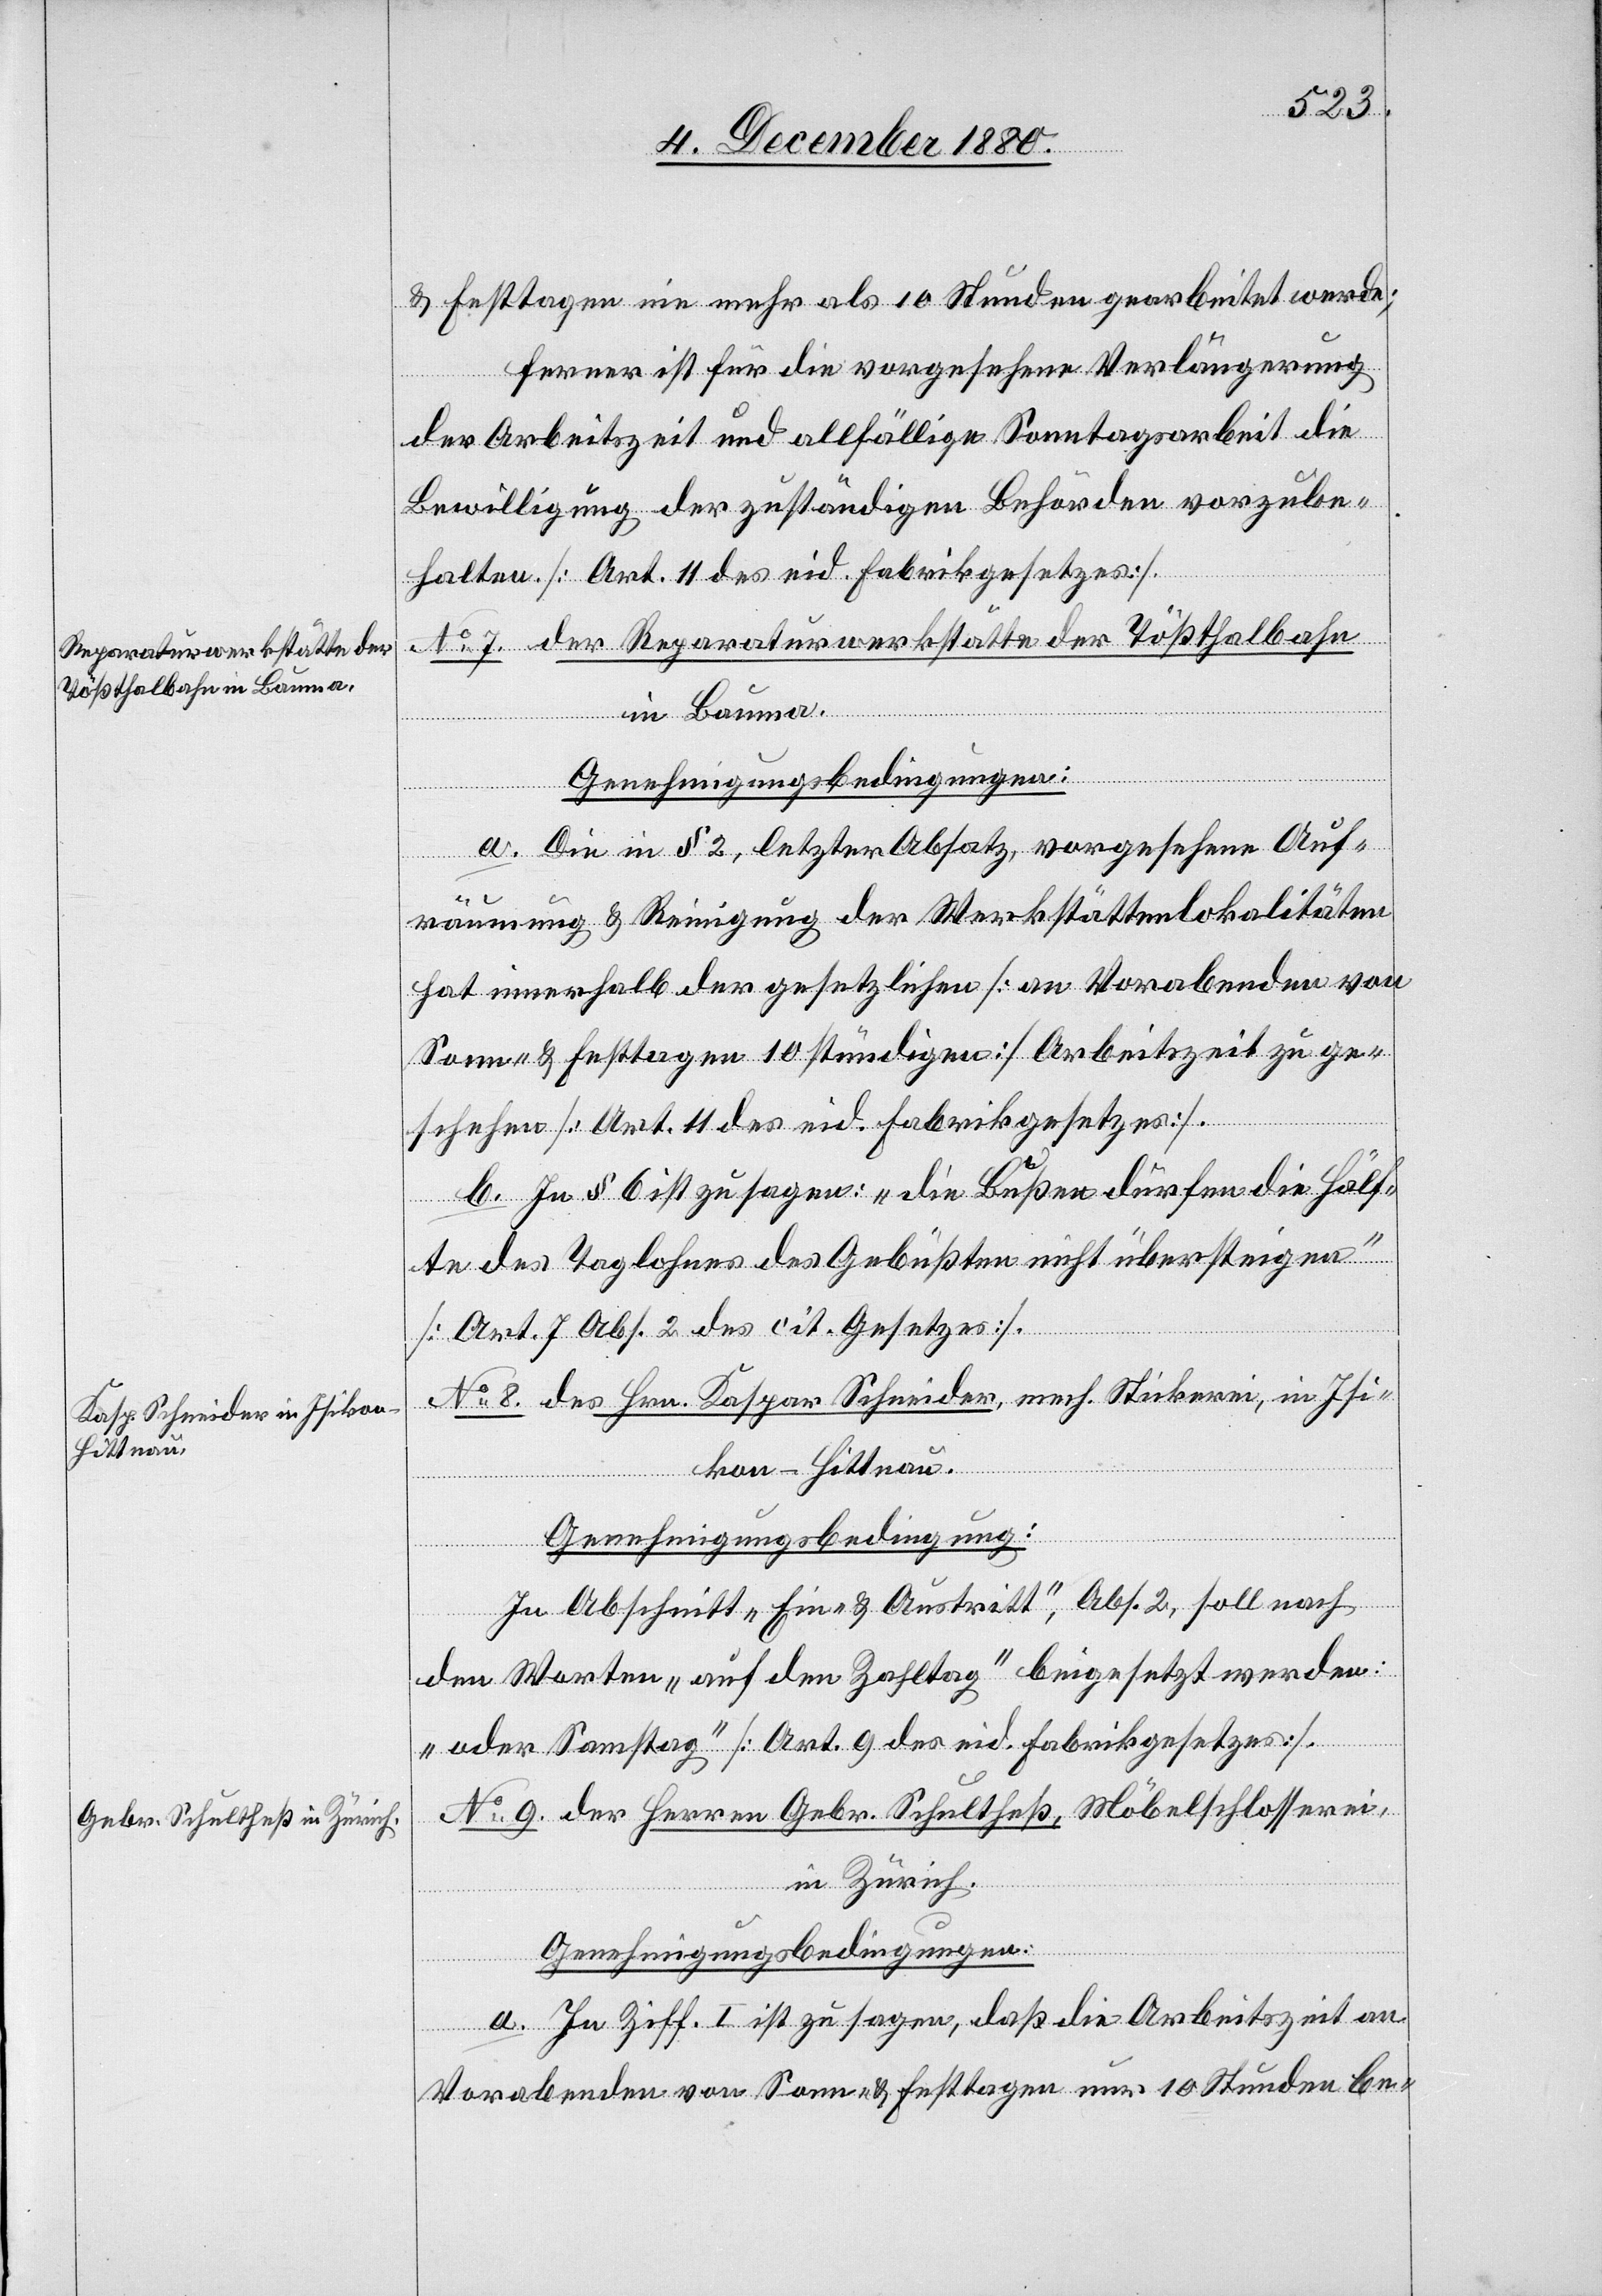
& Festtagen nie mehr als 10 Stunden gearbeitet werde;
ferner ist für die vorgesehene Verlängerung
der Arbeitszeit und allfällige Sonntagsarbeit die
Bewilligung der zuständigen Behörden vorzube¬
halten [Art. 11 des eid. Fabrikgesetzes].
No 7 der Reparaturwerkstätte der Tößthalbahn
in Bauma.
Genehmigungsbedingungen:
a. Die in § 2, letzter Absatz, vorgesehene Auf¬
räumung & Reinigung der Werkstättenlokalitäten
hat innerhalb der gesetzlichen [an Vorabenden von
Sonn- & Festtagen 10stündigen] Arbeitszeit zu ge¬
schehen [Art. 11 des eid. Fabrikgesetzes].
b. In § 6 ist zu sagen: „die Bußen dürfen die Hälf¬
te des Taglohnes des Gebüßten nicht übersteigen“
[Art. 7 Abs. 2 des cit. Gesetzes].
No 8 des Hrn. Kaspar Schneider, mech. Stickerei, in Isi¬
kon - Hittnau.
Genehmigungsbedingung:
In Abschnitt „Ein- & Austritt“, Abs. 2 soll nach
den Worten „auf den Zahltag“ beigesetzt werden:
„oder Samstag“ [Art. 9 des eid. Fabrikgesetzes].
No 9 der Herren Gebr. Schultheß, Möbelschlosserei,
in Zürich.
Genehmigungsbedingungen:
a. In Ziff. I ist zu sagen, daß die Arbeitszeit an
Vorabenden von Sonn- & Festtagen nur 10 Stunden be-